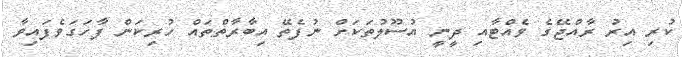
ކުރި އިރު ރާއްޖޭގެ ވެއްޓާއި ދީނީ އުސޫލުތަކަށް ނުފެތޭ އިބާރާތްތައް ހުރިކަން ފާހަގަވެފައިވާ